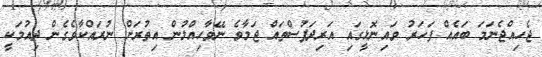
ޖެހިއްޖެނަމަ ބައެއް ފަހަރު ވައިނޮޅީގައި އަރިދަފުސްތައް ޖަމާވެ ނޭވާހިއްލުން އިތުރަށް ނުރައްކާވެގެން ދިއުމަކީ